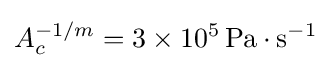
A_{c}^{-1/m}=3\times 10^{5}\,\mathrm {Pa} \cdot \mathrm {s} ^{-1}